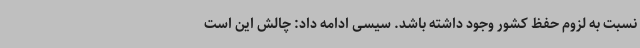
نسبت به لزوم حفظ کشور وجود داشته باشد. سیسی ادامه داد: چالش این است